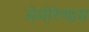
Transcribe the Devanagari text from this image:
मेमोरेण्डम